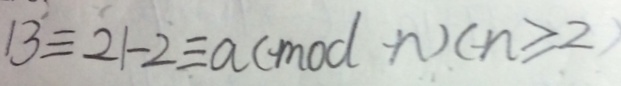
1 3 \equiv 2 1 - 2 \equiv a ( m o d n ) ( n \geq 2 )